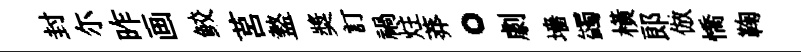
封尓昨画鲛莒盩奬訂禍炷莽。劇墻蠲橫郎倣憍鞠